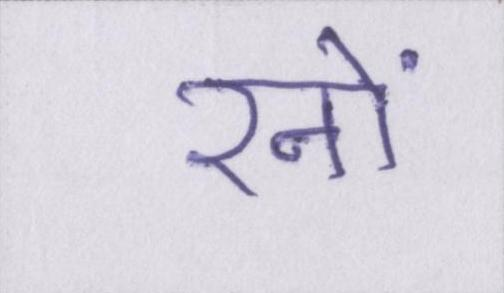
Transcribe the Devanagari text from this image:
रनों